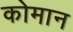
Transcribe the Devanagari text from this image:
कोमान